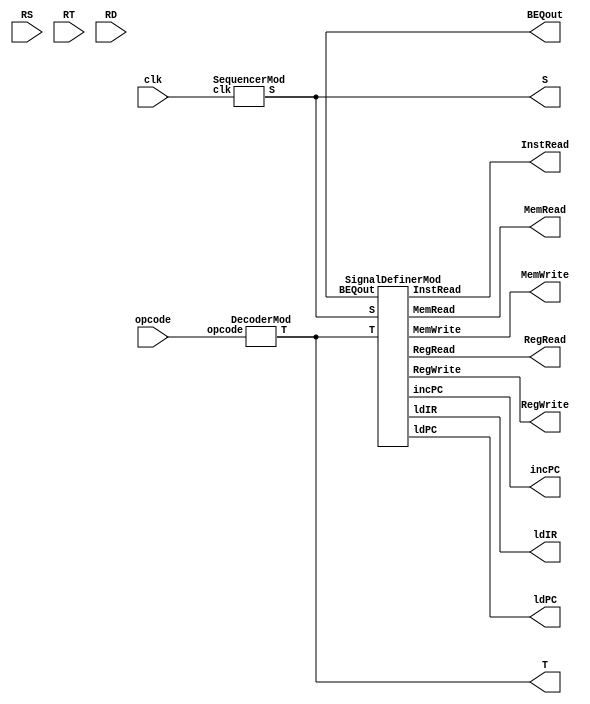
// CU.v
// Jesse Dyer and Kurt Miller

// given clk, IR, BEQout, CUmod outputs control signals
module CUmod(clk, opcode, RS, RT, RD, BEQout,
             incPC, InstRead, ldIR, ldPC, MemRead, MemWrite, RegRead, RegWrite, S, T);
   input clk;
   input [5:0] opcode;
   input [4:0] RS, RT, RD;
   output incPC, InstRead, ldIR, BEQout, ldPC, MemRead, MemWrite, RegRead, RegWrite;
   output [0:7] S, T;

   wire [0:7] S, T;  // which step and which type of inst

// clocking unary signals S0, S1, S2, ...
   SequencerMod my_sequencer(clk, S);  // S is unary S[0:15]

// from 3 bits in IR, map to unary T0, T1, T2, ..., T7
   DecoderMod my_decoder(opcode, T);       // T is unary T[0:7]
   
// define signals with S and T
   SignalDefinerMod my_signal_definer(S, T, BEQout, incPC, InstRead, ldIR, ldPC, MemRead, MemWrite, RegRead, RegWrite);

endmodule

// carry out signal definitions
module SignalDefinerMod(S, T, BEQout,
             incPC, InstRead, ldIR, ldPC, MemRead, MemWrite, RegRead, RegWrite);
   input [0:7] S, T;
   input BEQout;
   output incPC, InstRead, ldIR, ldPC, MemRead, MemWrite, RegRead, RegWrite;

   wire   regWriteInst;
   or(regWriteInst,T[1],T[2],T[3],T[4],T[5]);
   
   assign InstRead = S[0];    // IF  S0: InstRead    PC has addr 0 initially, read inst
   assign ldIR = S[1];        //     S1: ldIR
   assign RegRead = S[2];     // ID  S2: RegRead     Registers read for getting operands
                              // EX  S3: (nothing)   ALU operates on operands
   and(MemRead,T[5],S[4]);    // MEM S4: MemRead     if "lw" inst
   and(MemWrite,T[6],S[4]);   //     S4: MemWrite    if "sw" inst
   and(RegWrite,S[5],regWriteInst);   // WB  S5:  RegWrite  if inst is T1~T5
   assign incPC = S[5];               // S5: incPC       don't do this too soon or too late
   and(ldPC, BEQout,S[6],T[7]);       // S6: ldPC        if S6, T7 ("beq" inst), and BEQout
endmodule

module SequencerMod(clk, S); // unary sequencer
   input clk;
   output [0:7] S;

   reg [0:7] S;

   initial S = 8'b0000_0001; // S initially

   always @(posedge clk) begin
      S[0] <= S[7];           // ripple '1' thru
      S[1] <= S[0];
      S[2] <= S[1];
      S[3] <= S[2];
      S[4] <= S[3];
      S[5] <= S[4];
      S[6] <= S[5];
      S[7] <= S[6];
   end
   
endmodule

module DecoderMod(opcode, T); // B binary decoded into T unary
   input [5:0] opcode;
   output [0:7] T;

   wire [2:0] B, invB;
   assign B = opcode[2:0]; // trim down to just last 3 bits

   not(invB[2], B[2]);
   not(invB[1], B[1]);
   not(invB[0], B[0]);

   and(T[0], invB[2], invB[1], invB[0]); // T[0] = 000 (B) = nop
   and(T[1], invB[2], invB[1],    B[0]); // T[1] = 001 (B) = add
   and(T[2], invB[2],    B[1], invB[0]); // T[2] = 010 (B) = sub
   and(T[3], invB[2],    B[1],    B[0]); // T[3] = 011 (B) = or
   and(T[4],    B[2], invB[1], invB[0]); // T[4] = 100 (B) = and
   and(T[5],    B[2], invB[1],    B[0]); // T[5] = 101 (B) = lw
   and(T[6],    B[2],    B[1], invB[0]); // T[6] = 110 (B) = sw
   and(T[7],    B[2],    B[1],    B[0]); // T[7] = 111 (B) = beq
   
endmodule